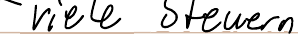
- viele Steuern